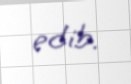
edib.